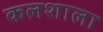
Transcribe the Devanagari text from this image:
कलशाला